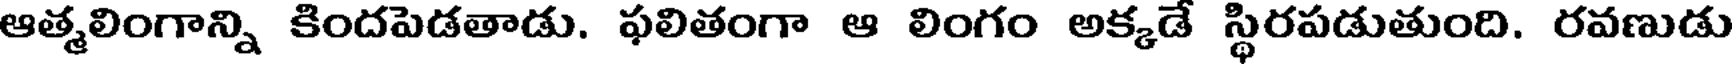
ఆత్మలింగాన్ని కిందపెడతాడు. ఫలితంగా ఆ లింగం అక్కడే స్థిరపడుతుంది. రవణుడు